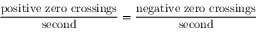
{ \frac { \mathrm { p o s i t i v e \ z e r o \ c r o s s i n g s } } { \mathrm { s e c o n d } } } = { \frac { \mathrm { n e g a t i v e \ z e r o \ c r o s s i n g s } } { \mathrm { s e c o n d } } }